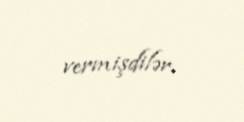
vermişdilər.